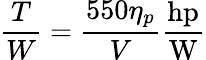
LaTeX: {\frac{T}{W}}={\frac{550\eta_{p}}{V}}{\frac{\mathrm{hp}}{\mathrm{W}}}